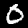
Label: 0